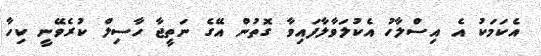
އެކަމަކު އެ އިސްލާހު އެކުލަވާލާފައިވާ ގޮތުން އޭގެ ނަތީޖާ ހާސިލް ކުރެވޭނީ ކިހާ